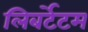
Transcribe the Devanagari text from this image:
लिबर्टेटम